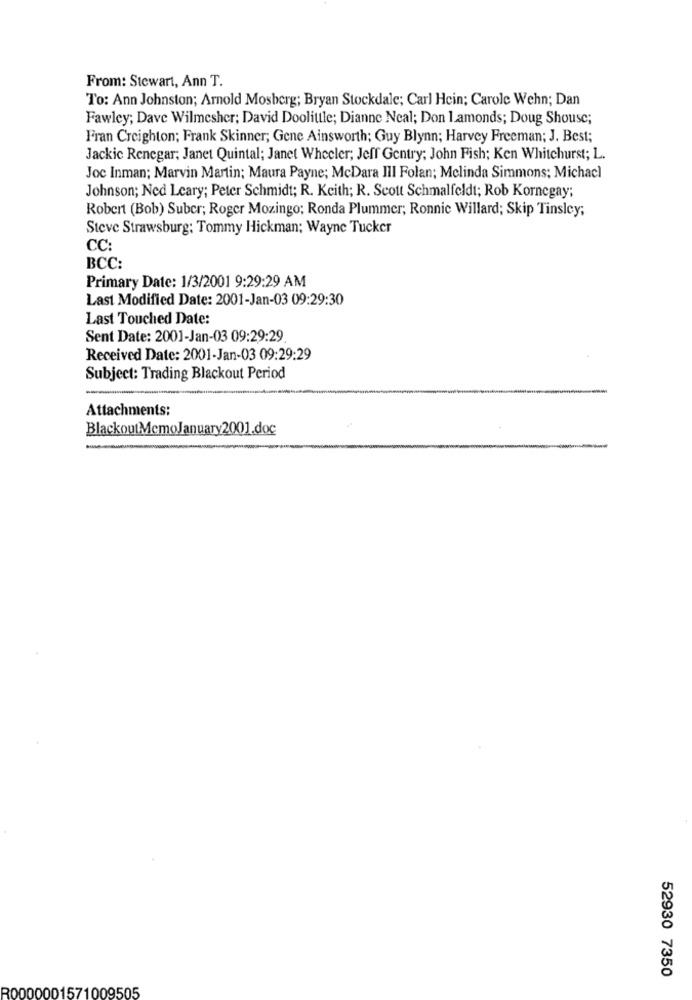
From: Stewart, Ann T.
To: Ann Johnston; Arnold Mosberg; Bryan Stockdale; Carl Hein; Carole Wehn; Dan
Fawley; Dave Wilmesher; David Doolittle; Dianne Neal; Don Lamonds; Doug Shouse;
Fran Creighton; Frank Skinner; Gene Ainsworth; Guy Blynn; Harvey Freeman; J. Best;
Jackic Renegar; Janet Quintal; Janet Wheeler; Jeff Gentry; John Fish; Ken Whitehurst; L.
Joc Inman; Marvin Martin; Maura Payne; McDara III Folan; Mclinda Simmons; Michacl
Johnson; Ned Leary; Peter Schmidt; R. Keith; R. Scott Schmalfeldt; Rob Kornegay;
Robert (Bob) Suber; Roger Mozingo; Ronda Plummer; Ronnie Willard; Skip Tinsley;
Steve Strawsburg: Tommy Hickman; Wayne Tucker
CC:
BCC:
Primary Date: 1/3/2001 9:29:29 AM
Last Modified Date: 2001-Jan-03 09:29:30
Last Touched Date:
Sent Date: 2001-Jan-03 09:29:29
Received Date: 2001-Jan-03 09:29:29
Subject: Trading Blackout Period
Attachments:
BlackoutMemoJanuary2001.doc
52930 7350
R0000001571009505